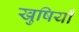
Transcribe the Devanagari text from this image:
खुषियाँ